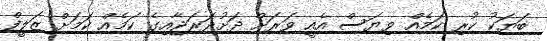
ބަޔަކު ކުރި ކަމެއް ވިޔަސް އެއީ ވަރަށް ދަށުދަރަޖާއިގެ ކަމެއް ކަމަށް ޒަލީފް